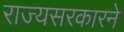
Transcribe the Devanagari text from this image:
राज्यसरकारने